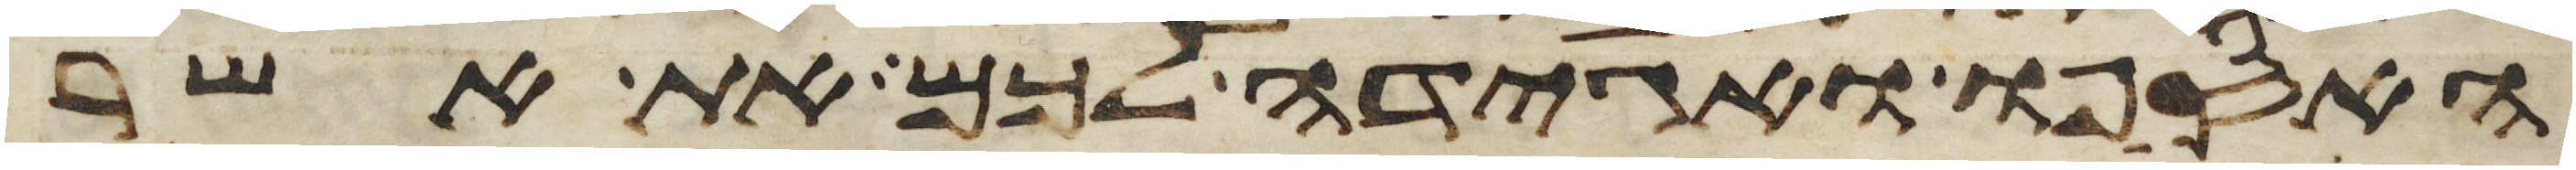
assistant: האספו ואגידה לכם את אשר